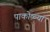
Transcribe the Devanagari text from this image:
पाकोळ्या